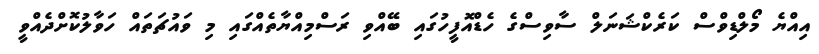
އިއްޔެ މޯލްޑިވްސް ކަރެކްޝަނަލް ސާވިސްގެ ހެޑްއޮފީހުގައި ބޭއްވި ރަސްމިއްޔާތެއްގައި މި ވައުޗަތައް ހަވާލުކޮށްދެއްވީ